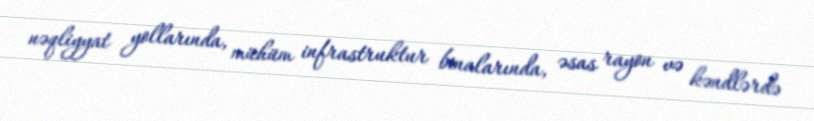
nəqliyyat yollarında, mühüm infrastruktur binalarında, əsas rayon və kəndlərdə